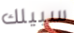
سبيلك